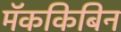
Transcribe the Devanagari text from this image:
मॅककिबिन